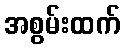
အစွမ်းထက်